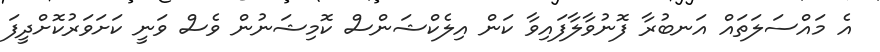
އެ މައްސަލަތައް އަނބުރާ ފޮނުވާލާފައިވާ ކަން އިލެކްޝަންސް ކޮމިޝަނުން ވެސް ވަނީ ކަށަވަރުކޮށްދީފަ